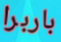
باربرا